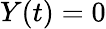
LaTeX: Y(t)=0